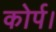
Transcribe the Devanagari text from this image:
कोर्प।